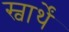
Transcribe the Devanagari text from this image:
स्वार्थें